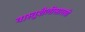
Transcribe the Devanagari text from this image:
वास्तुशैलीसारखी